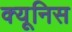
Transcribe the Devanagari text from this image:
क्यूनिस